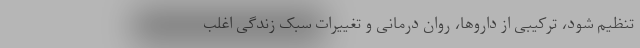
تنظیم شود، ترکیبی از داروها، روان درمانی و تغییرات سبک زندگی اغلب